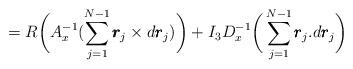
LaTeX: \begin{align*}=R\bigg(A_{x}^{-1}(\sum_{j=1}^{N-1}\pmb{r}_{j}\times d\pmb{r}_{j})\bigg)+I_{3}D_{x}^{-1}\bigg(\sum_{j=1}^{N-1} \pmb{r}_{j}.d\pmb{r}_{j}\bigg)\end{align*}